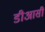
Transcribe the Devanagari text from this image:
डीआसी